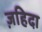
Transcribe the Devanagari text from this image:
ज़हिदा